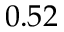
0 . 5 2